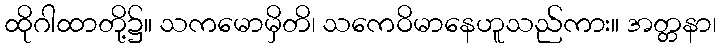
ထိုဂါထာတို့၌။ သကမောမှိတိ၊ သကေဝိမာနေဟူသည်ကား။ အတ္တနာ၊